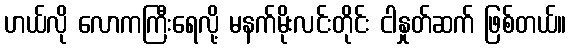
ဟယ်လို လောကကြီးရေလို့ မနက်မိုးလင်းတိုင်း ငါနှုတ်ဆက် ဖြစ်တယ်။